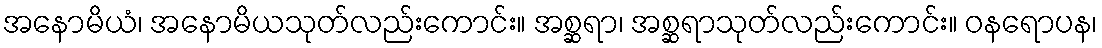
အနောမိယံ၊ အနောမိယသုတ်လည်းကောင်း။ အစ္ဆရာ၊ အစ္ဆရာသုတ်လည်းကောင်း။ ဝနရောပန၊